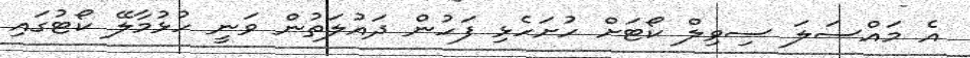
އެ މައްސަލަ ސިވިލް ކޯޓަށް ހުށަހެޅި ފަހުން ދައުލަތުން ވަނީ ހުޅުމާލޭ ކޯޓުގައި